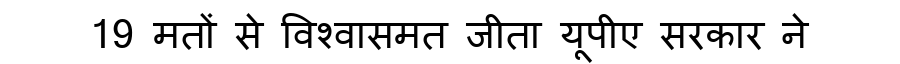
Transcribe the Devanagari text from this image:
19 मतों से विश्वासमत जीता यूपीए सरकार ने